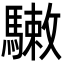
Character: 𩥹